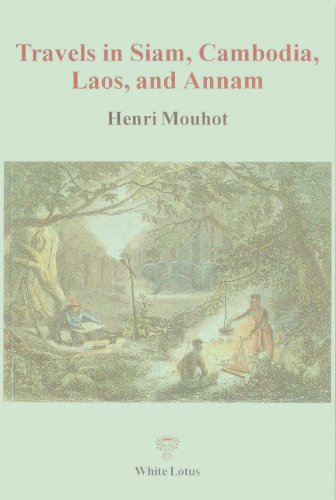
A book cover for Travels in Siam, Cambodia, Laos, and Annam; Henri Mouchot; Travel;